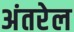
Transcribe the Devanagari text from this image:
अंतरेल